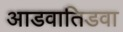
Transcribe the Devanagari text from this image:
आडवातिडवा